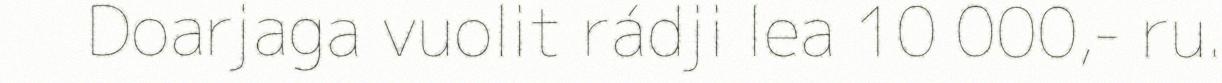
Doarjaga vuolit rádji lea 10 000,- ru.